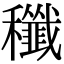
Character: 䆎